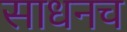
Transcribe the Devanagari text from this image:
साधनच